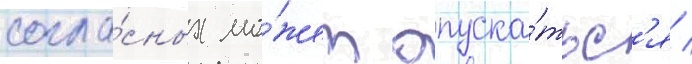
согла́сных мо́жет опуска́тьс'я /